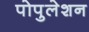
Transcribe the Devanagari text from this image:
पोपुलेशन